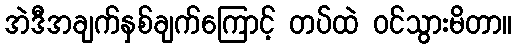
အဲဒီအချက်နှစ်ချက်ကြောင့် တပ်ထဲ ဝင်သွားမိတာ။